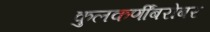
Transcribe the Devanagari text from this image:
कुलकर्णींबरोबर